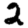
Digit: 2